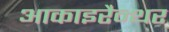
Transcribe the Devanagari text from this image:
आकाइरैन्थर